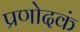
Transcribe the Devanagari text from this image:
प्रणोदकं